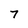
Character: 7